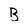
Character: B